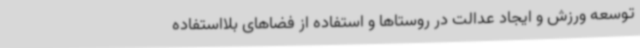
توسعه ورزش و ایجاد عدالت در روستاها و استفاده از فضاهای بلااستفاده